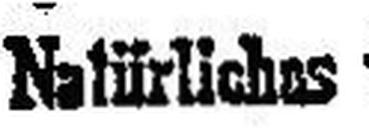
Natürliches